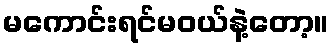
မကောင်းရင်မဝယ်နဲ့တော့။